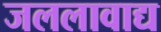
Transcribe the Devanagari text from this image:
जललावाद्य